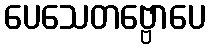
ပေသေတဗ္ဗောပေ